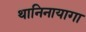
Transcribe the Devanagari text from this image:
थानिनायागा